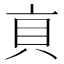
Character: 𧴨